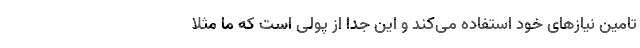
تامین نیازهای خود استفاده می‌کند و این جدا از پولی است که ما مثلا